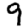
Digit: 9